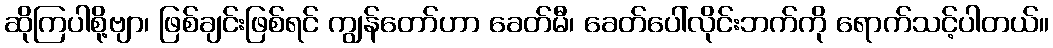
ဆိုကြပါစို့ဗျာ၊ ဖြစ်ချင်းဖြစ်ရင် ကျွန်တော်ဟာ ခေတ်မီ၊ ခေတ်ပေါ်လိုင်းဘက်ကို ရောက်သင့်ပါတယ်။